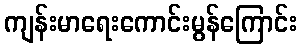
ကျန်းမာရေးကောင်းမွန်ကြောင်း